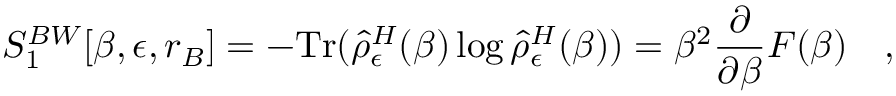
S _ { 1 } ^ { B W } [ \beta , \epsilon , r _ { B } ] = - \mathrm { T r } ( \hat { \rho } _ { \epsilon } ^ { H } ( \beta ) \log \hat { \rho } _ { \epsilon } ^ { H } ( \beta ) ) = \beta ^ { 2 } { \frac { \partial } { \partial \beta } } { \cal F } ( \beta ) ~ ~ ~ ,